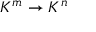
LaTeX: K ^ { m } \to K ^ { n }